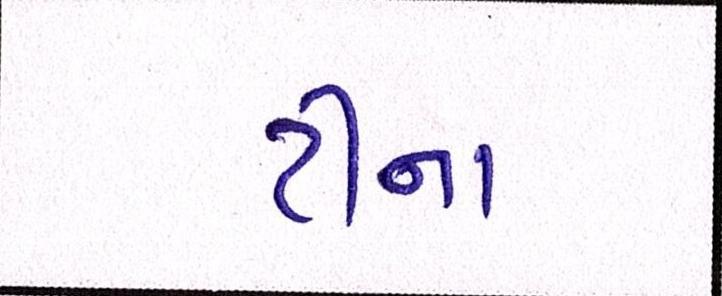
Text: ટીના